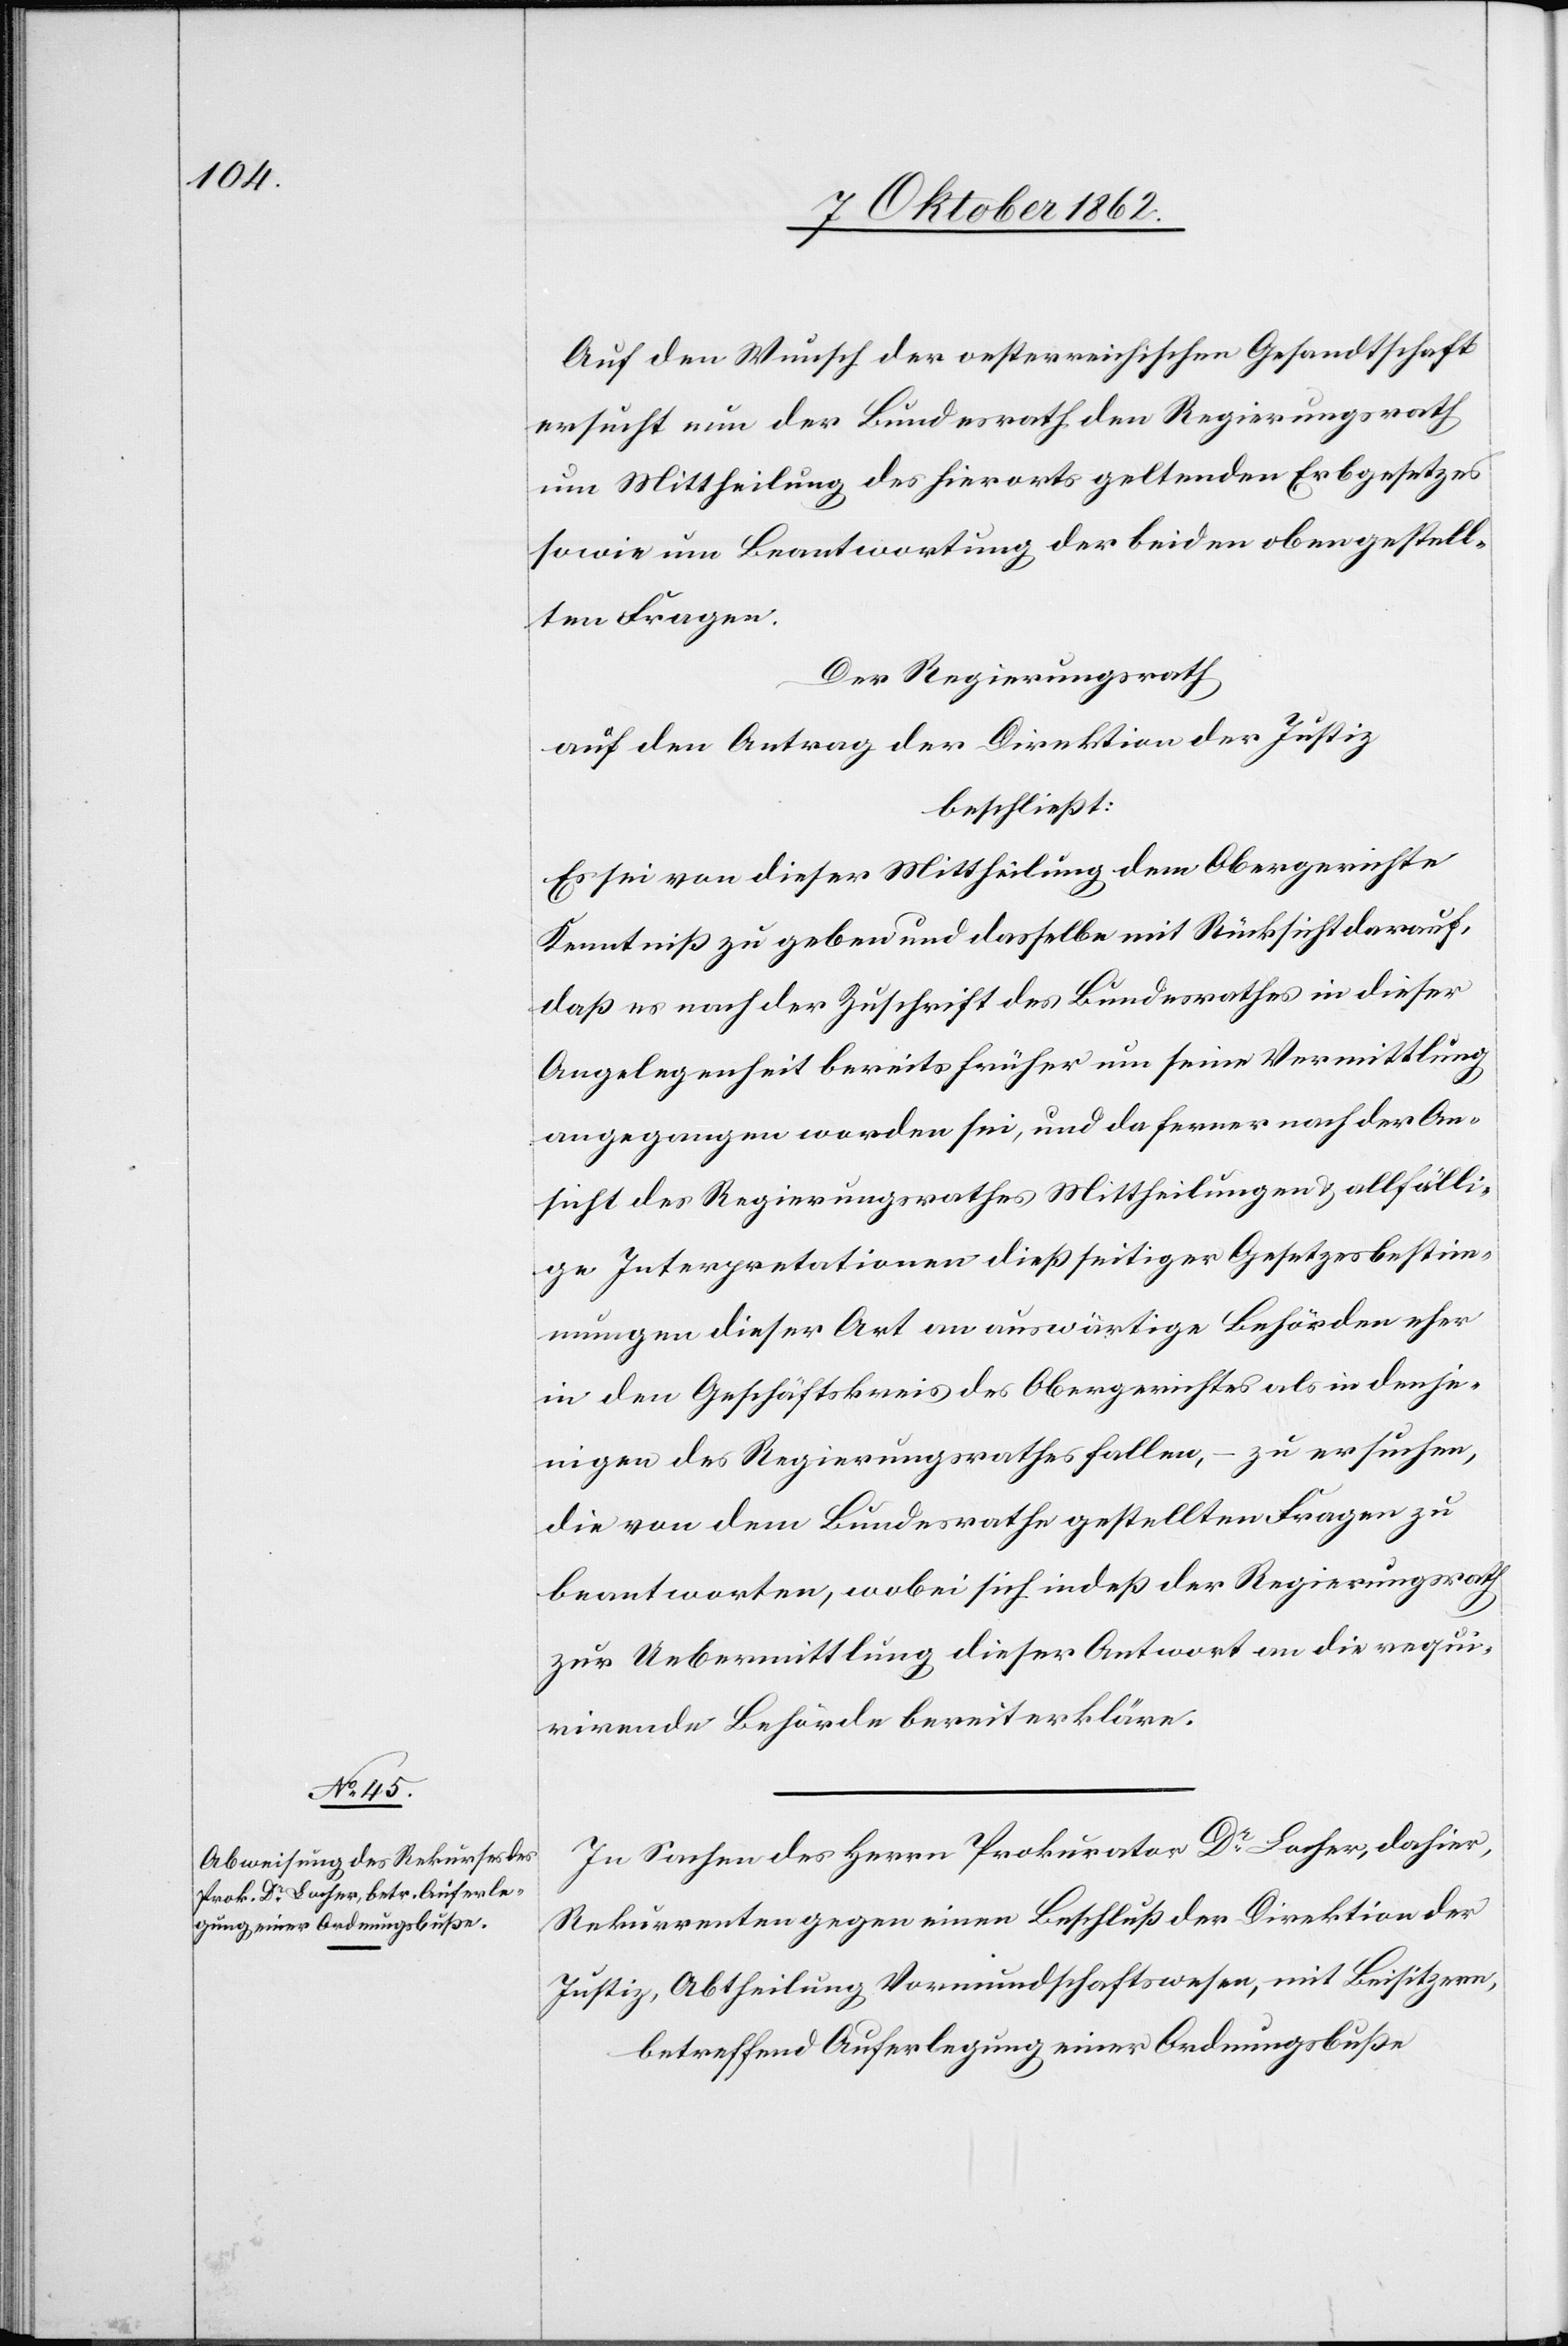
Auf den Wunsch der oesterreichischen Gesandtschaft
ersucht nun der Bundesrath den Regierungsrath
um Mittheilung des hierorts geltenden Erbgesetzes
sowie um Beantwortung der beiden oben gestell¬
ten Fragen.
Der Regierungsrath
auf den Antrag der Direktion der Justiz
beschließt:
Es sei von dieser Mittheilung dem Obergerichte
Kenntniß zu geben und dasselbe mit Rücksicht darauf,
daß es nach der Zuschrift des Bundesrathes in dieser
Angelegenheit bereits früher um seine Vermittlung
angegangen worden sei, und da ferner nach der An¬
sicht des Regierungsrathes Mittheilungen u. allfälli¬
ge Interpretationen dießseitiger Gesetzesbestimm¬
ungen dieser Art an auswärtige Behörden eher
in den Geschäftskreis des Obergerichtes als in denje¬
nigen des Regierungsrathes fallen, zu ersuchen,
die von dem Bundesrathe gestellten Fragen zu
beantworten, wobei sich indeß der Regierungsrath
zur Uebermittlung dieser Antwort an die requi¬
rirende Behörde bereit erkläre.
In Sachen des Herrn Prokurator Dr. Locher, dahier,
Rekurrenten gegen einen Beschluß der Direktion der
Justiz, Abtheilung Vormundschaftswesen, mit Beisitzern,
betreffend Auferlegung einer Ordnungsbuße